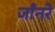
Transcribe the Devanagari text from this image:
जाँनरे